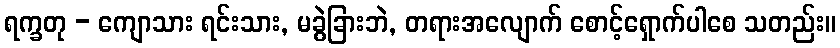
ရက္ခတု - ကျောသား ရင်းသား, မခွဲခြားဘဲ, တရားအလျောက် စောင့်ရှောက်ပါစေ သတည်း။